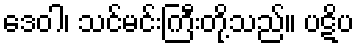
ဒေဝါ၊ သင်မင်းကြီးတို့သည်။ ပဋိပ